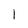
Character: l